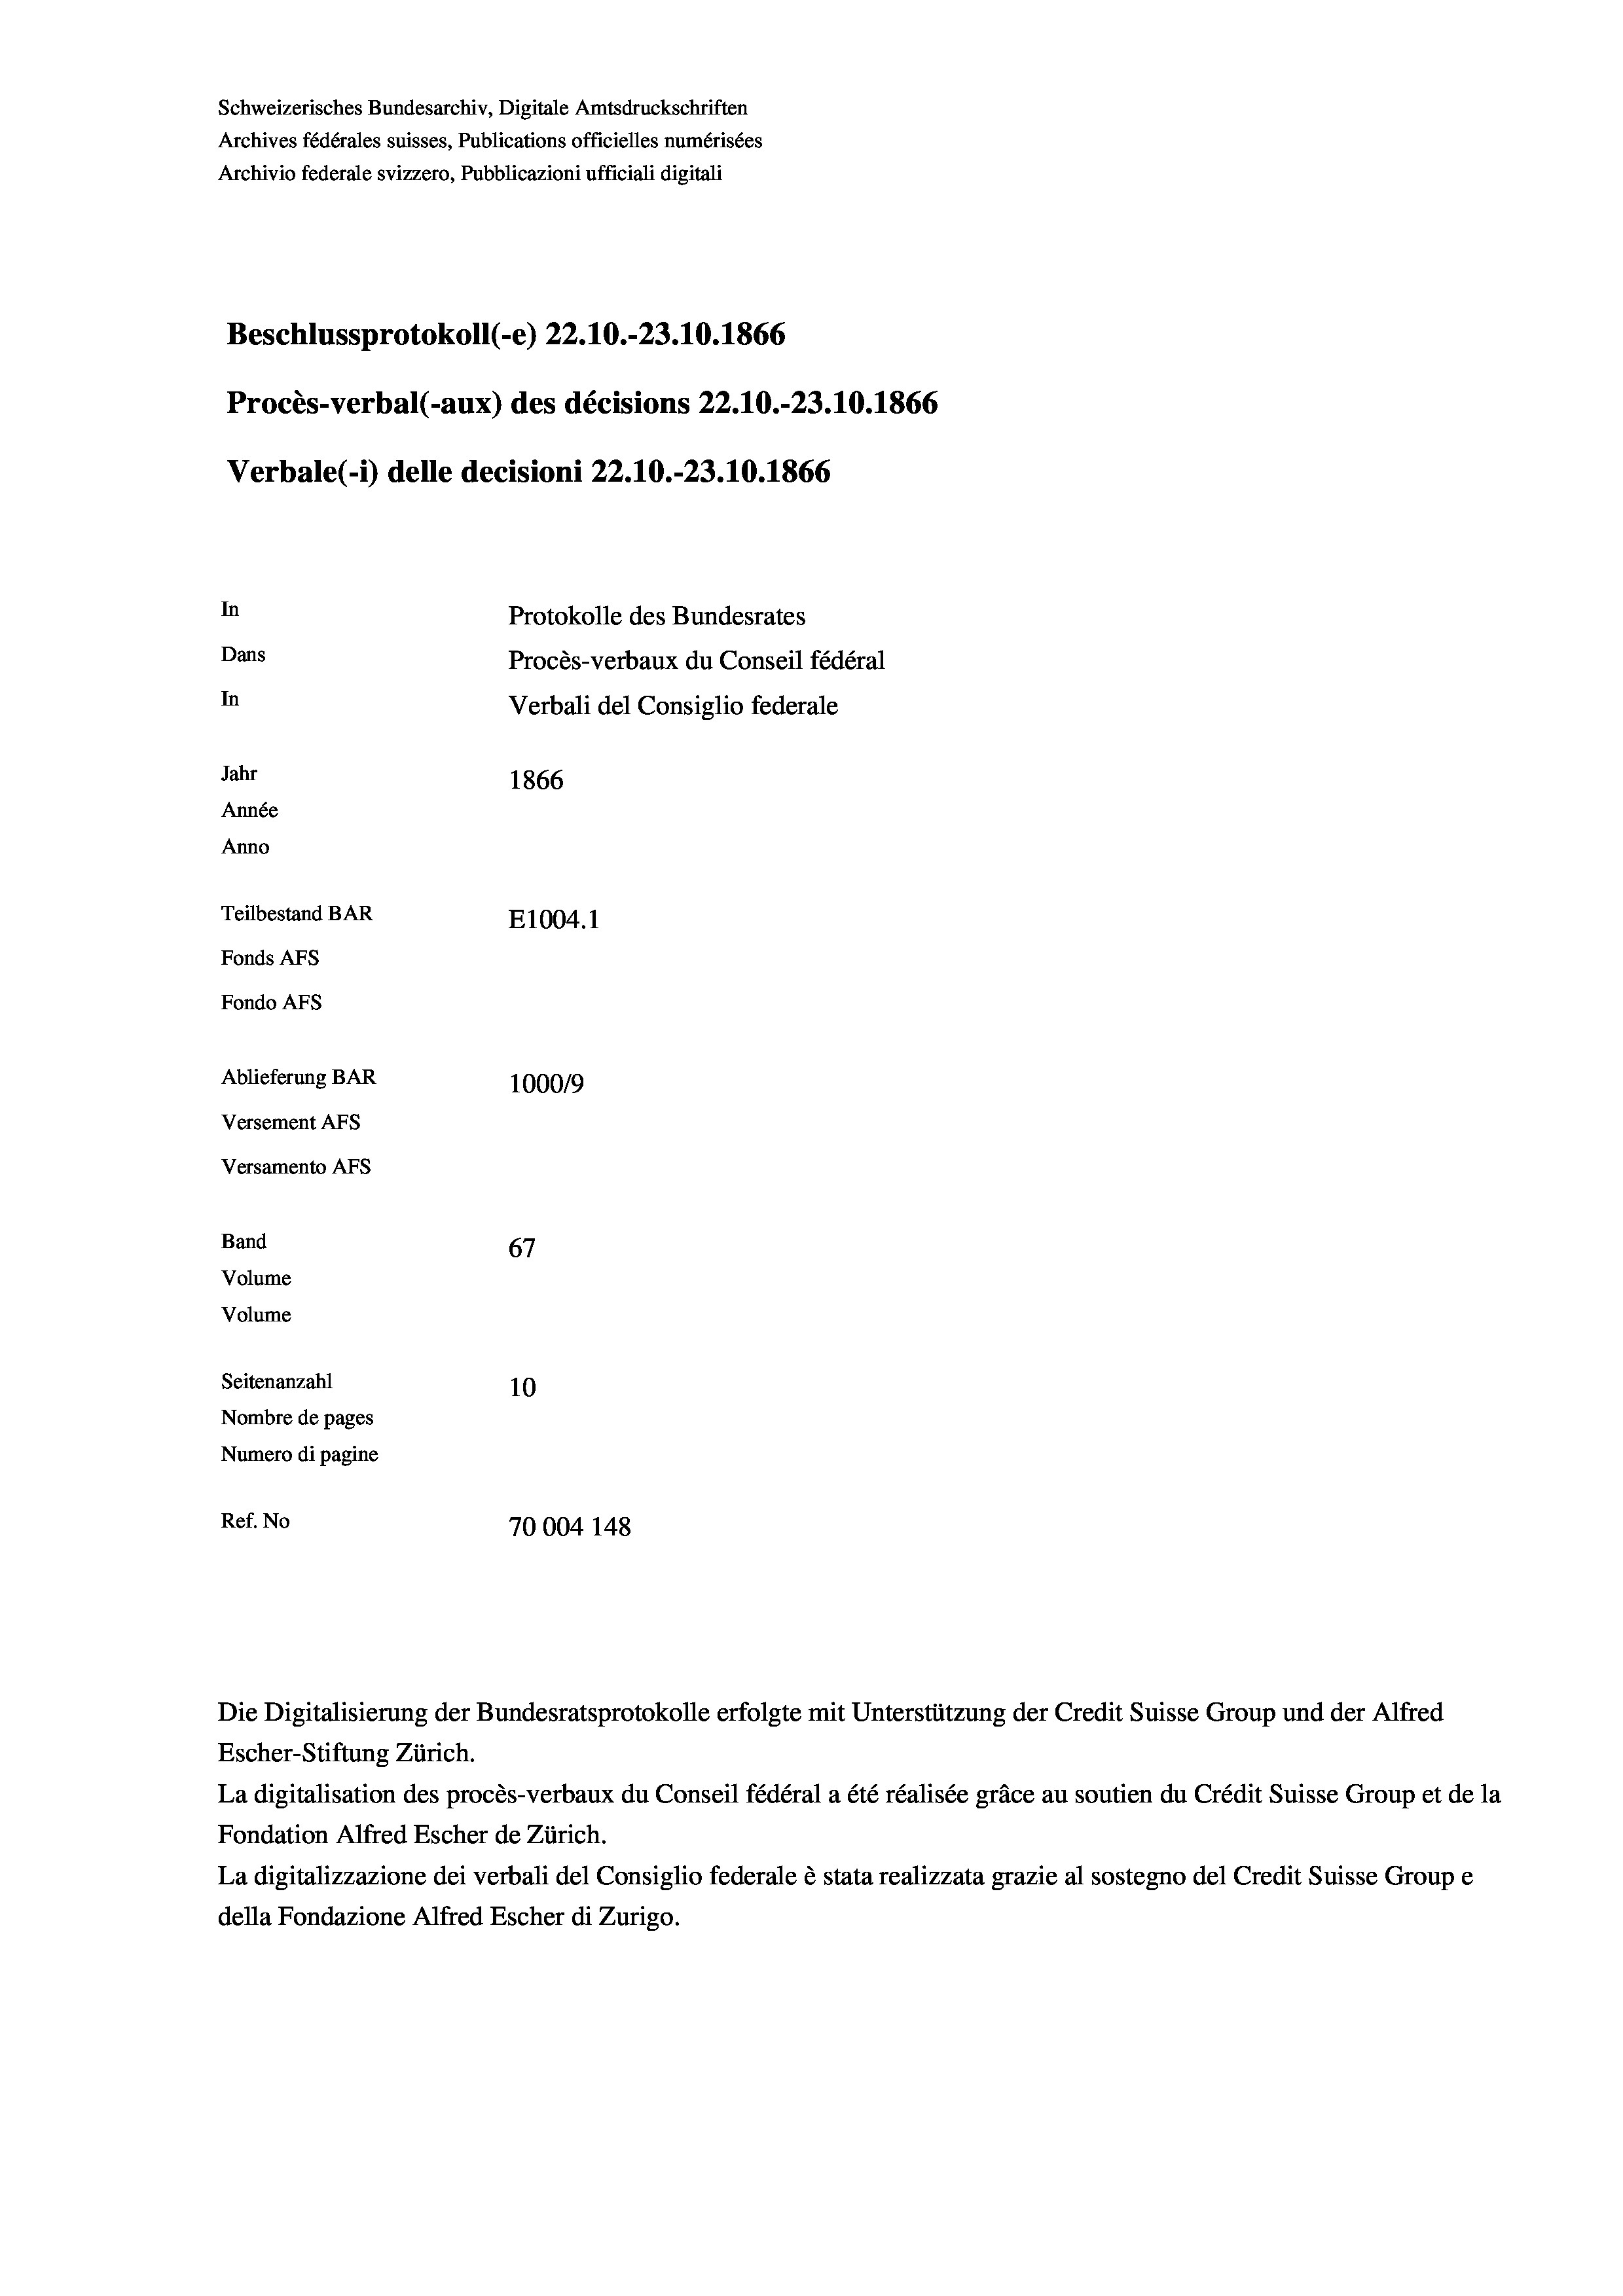
In
Protokolle des Bundesrates
Dans
Procès-verbaux du Conseil fédéral
In
Verbali del Consiglio federale
Jahr
1866
Année
Anno
Teilbestand BAR
E1004.1
Fonds AFs
Fondo Afs
Ablieferung BAR
100019
Versement AFs
Versamento Afs

Band
Volume
Volume
Seitenanzahl

Schweizerisches Bundesarchiv, Digitale Amtsdruckschriften
Archives fédérales suisses, Publications officielles numérisées
Archivio federale svizzero, Pubblicazioni ufficiali digitali

Beschlussprotokoll (-e) 22.10.-23.10.1866

Procès-verbal (-aux) des décisions 22.10.-23.10.1866

Verbale(-*) delle decisioni 22.10.-23.10.1866

67
10
Nombre de pages
Numero di pagine
Ref. No
70004 148

Escher-Stiftung Zürich.
La digitalisation des procès-verbaux du Conseil fédéral a été réalisée gräce au soutien du Crédit Suisse Group et de la
Fondation Alfred Escher de Zürich.
La digitalizzazione dei verbali del Consiglio federale è stata realizzata grazie al sostegno del Credit Suisse Groupe
della Fondazione Alfred Escher di Zurigo.

Die Digitalisierung der Bundesratsprotokolle erfolgte mit Unterstützung der Credit Suisse Group und der Alfred